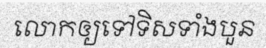
លោកឲ្យទៅទិសទាំងបួន